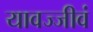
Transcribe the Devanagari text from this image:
यावज्जीवं